Document type: Enfranchisement
Year: 1297
Scribe: Jaume de Trilla
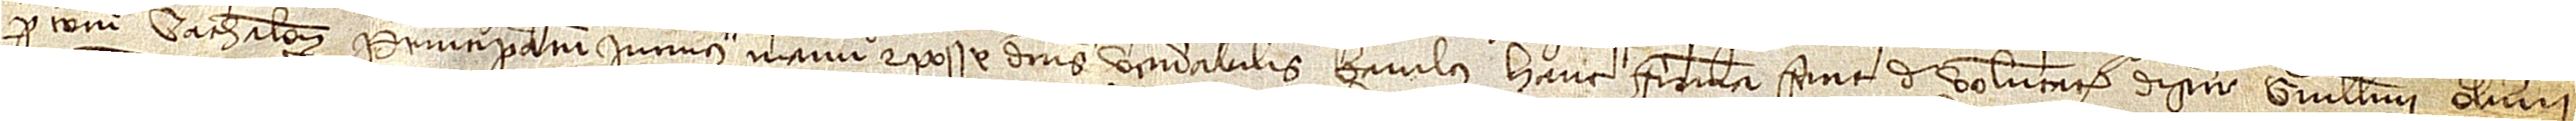
per totum Cathalonie Principatum, iuramus manu et posse.  Dictus venerabilis baiulus hanc firmam fecit de voluntate discreti Guillelmi Oliverii